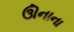
ઊનાના